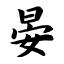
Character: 晏